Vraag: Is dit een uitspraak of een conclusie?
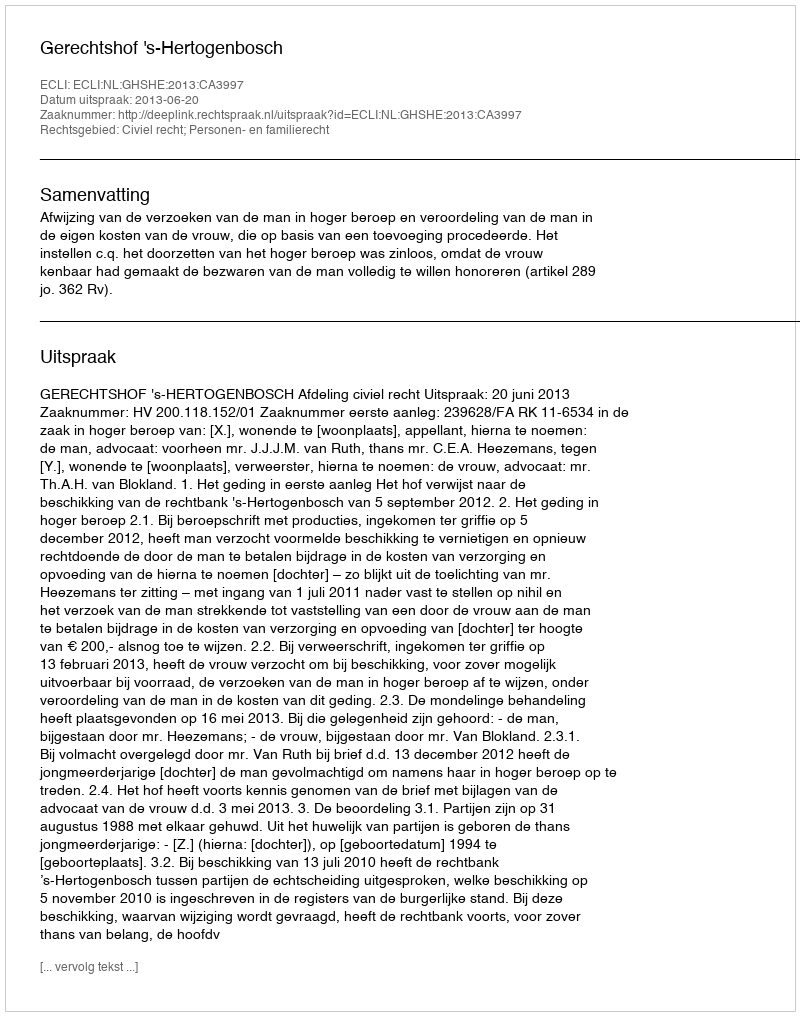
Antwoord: Uitspraak